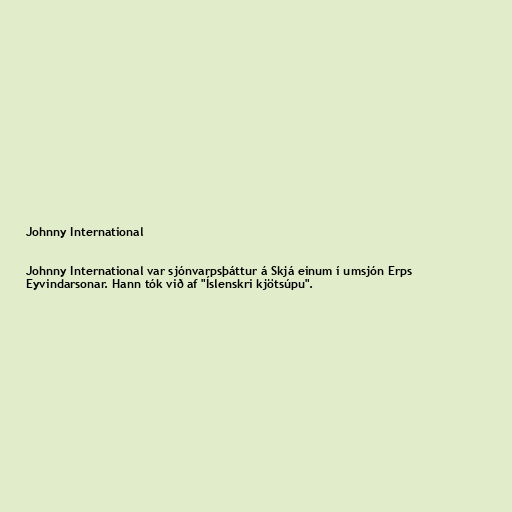
Johnny International

Johnny International var sjónvarpsþáttur á Skjá einum í umsjón Erps
Eyvindarsonar. Hann tók við af "Íslenskri kjötsúpu".